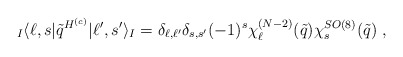
\begin{align*}{}_I\langle\ell,s |\tilde q^{H^{(c)}}|\ell',s'\rangle_I=\delta_{\ell,\ell'}\delta_{s,s'}(-1)^s\chi_{\ell}^{(N-2)}(\tilde q)\chi_s^{SO(8)}(\tilde q)~,\end{align*}